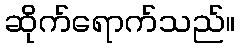
ဆိုက်ရောက်သည်။